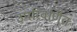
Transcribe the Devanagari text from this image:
उपरिवर्णित